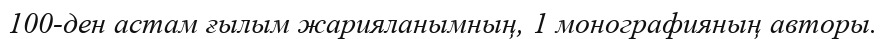
100-ден астам ғылым жарияланымның, 1 монографияның авторы.